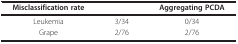
<table><thead><tr><td><b>Misclassification rate</b></td><td>[EMPTY_CELL]</td><td><b>Aggregating PCDA</b></td></tr></thead><tbody><tr><td>Leukemia</td><td>3/34</td><td>0/34</td></tr><tr><td>Grape</td><td>2/76</td><td>2/76</td></tr></tbody></table>